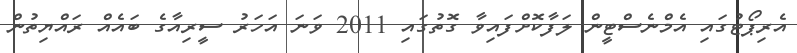
އެރިޕޯޓުގައި އެމްނެސްޓީން ލަފާކޮށްފައިވާ ގޮތުގައި 2011 ވަނަ އަހަރު ސީރިއާގެ ބައެއް ރައްޔިތުން